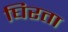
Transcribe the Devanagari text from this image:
घिरता